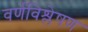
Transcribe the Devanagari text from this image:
वर्णविश्लेषण